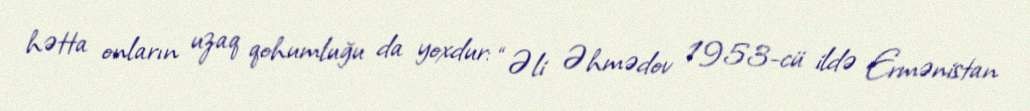
hətta onların uzaq qohumluğu da yoxdur: “Əli Əhmədov 1953-cü ildə Ermənistan